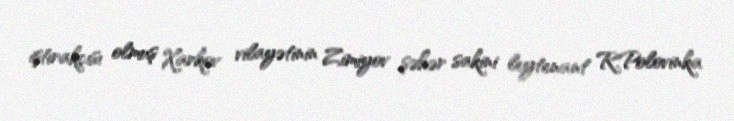
iştirakçısı olmuş Xarkov vilayətinin Zimiyov şəhər sakini leytenant R.Polovinka